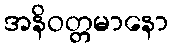
အနိဝတ္တမာနော